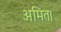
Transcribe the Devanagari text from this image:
अमित।